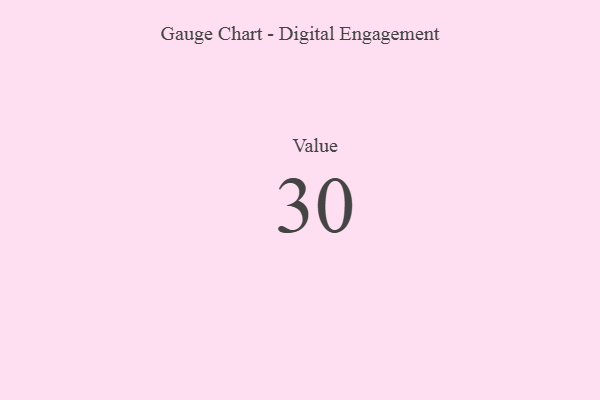
{"axis": {"x": "Metric", "y": "Value"}, "legend": [""], "data": [{"x": "Value", "y": 30, "type": ""}]}